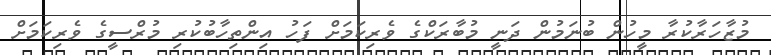
މުޒާހަރާކުރާ މީހުން ބުނަމުން ދަނީ މުބާރަކްގެ ވެރިކަމަށް ފަހު އިންތިހާބުކުރި މުރްސީގެ ވެރިކަމަށް